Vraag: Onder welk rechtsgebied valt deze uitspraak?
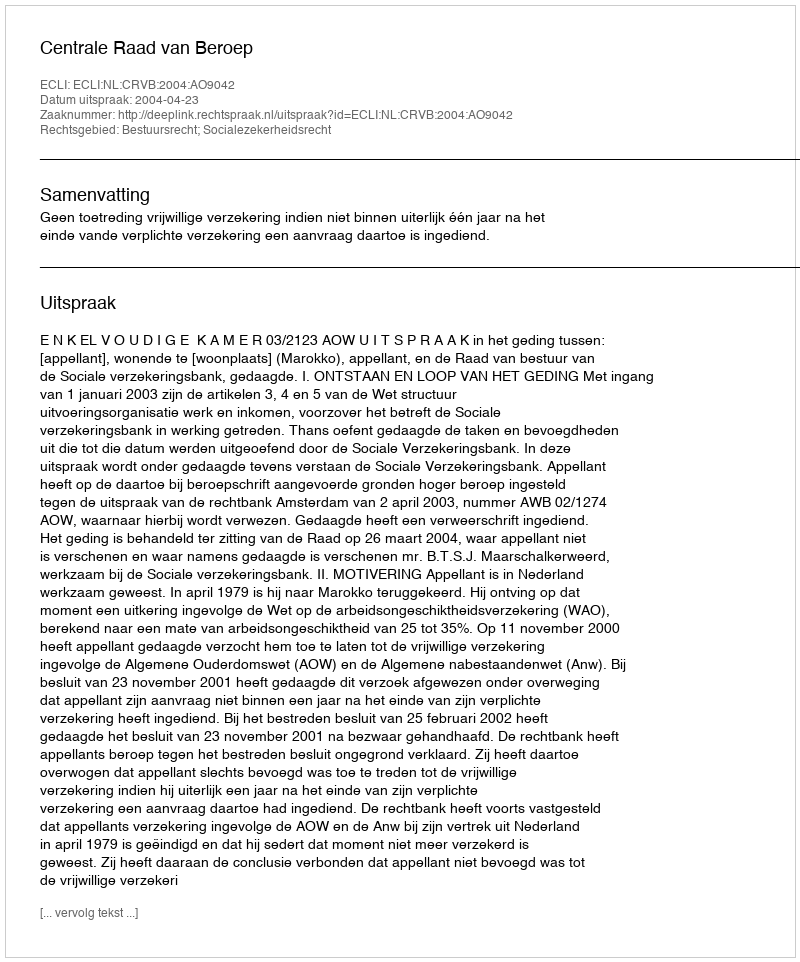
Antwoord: Bestuursrecht; Socialezekerheidsrecht